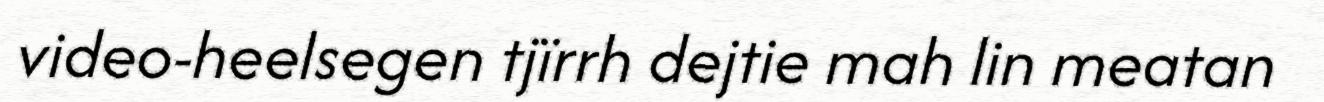
video-heelsegen tjïrrh dejtie mah lin meatan